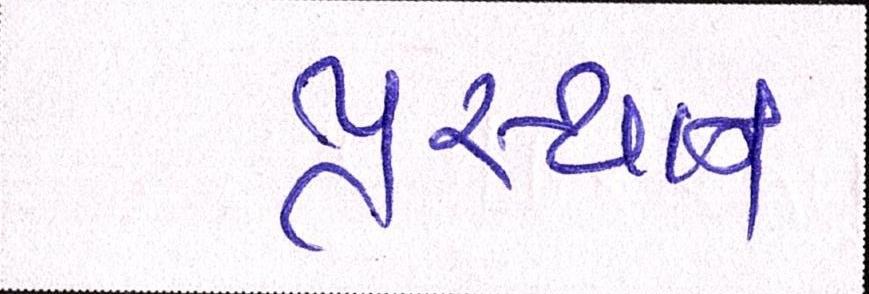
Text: પ્રસ્થાન